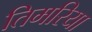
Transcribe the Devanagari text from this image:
तिमरिया